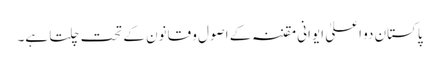
پاکستان دو اعلیٰ ایوانی مقننہ کے اصول و قانون کے تحت چلتا ہے۔